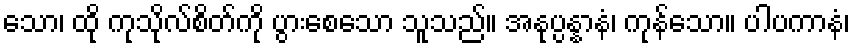
သော၊ ထို ကုသိုလ်စိတ်ကို ပွားစေသော သူသည်။ အနုပ္ပန္နာနံ၊ ကုန်သော။ ပါပကာနံ၊